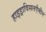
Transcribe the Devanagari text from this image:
हाइड्राविसलएैमीन